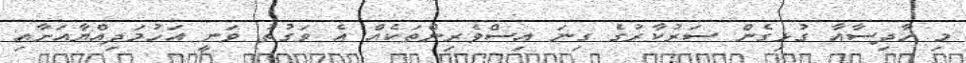
މި ހާދިސާއާ ގުޅިގެން ސަރުކާރުގެ ގިނަ އިސްވެރިންތަކެއް އެ ވަގުތު ވަނީ އަހުމަދިއްޔާއަށާއި